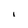
Character: i